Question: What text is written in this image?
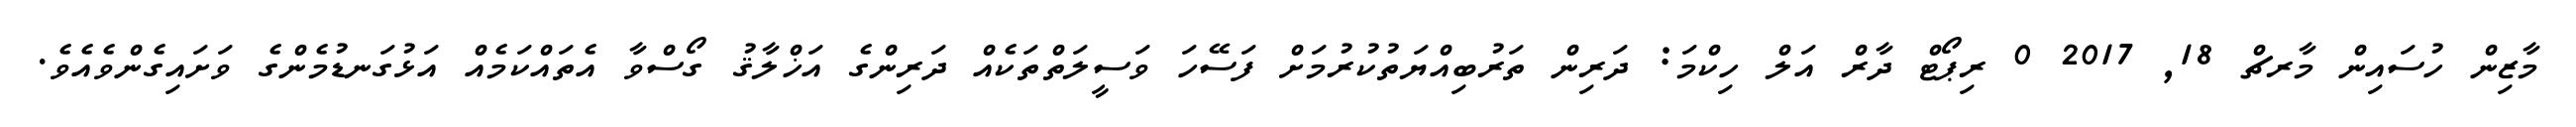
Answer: މާޒިން ހުސައިން މާރޗް 18, 2017 0 ރިޕޯޓް ދާރް އަލް ހިކްމަ: ދަރިން ތަރުބިއްޔަތުކުރުމަށް ފަސޭހަ ވަސީލަތްތަކެއް ދަރިންގެ އަޚްލާޤު ގޯސްވާ އެތައްކަމެއް އަޅުގަނޑުމެންގެ ވަށައިގެންވެއެވެ.